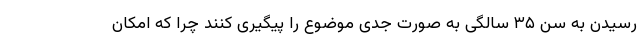
رسیدن به سن ۳۵ سالگی به صورت جدی موضوع را پیگیری کنند چرا که امکان